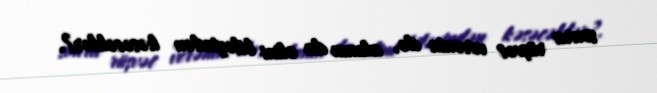
sonra rüşvət verənin də, alanın da əlini biləyindən kəsəcəklər?.